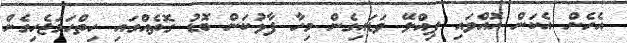
އެހެން އެކަން އޮއްވައި ޕިއްލޭ ވަޑައިގެން މިހާ ފާޅުކަން ބޮޑު ގޮތެއްގައި ހިތްހަމަޖެހިގެން